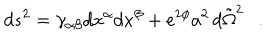
LaTeX: d s ^ { 2 } = \gamma _ { \alpha \beta } d x ^ { \alpha } d x ^ { \beta } + e ^ { 2 \phi } a ^ { 2 } \, d { \tilde { \Omega } } ^ { 2 } .